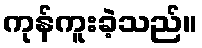
ကုန်ကူးခဲ့သည်။